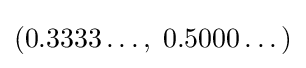
\left(0.3333\dots ,\;0.5000\dots \right)